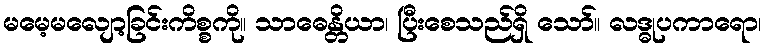
မမေ့မလျော့ခြင်းကိစ္စကို။ သာဓေန္တိယာ၊ ပြီးစေသည်ရှိ သော်။ လဒ္ဓုပကာရော၊